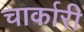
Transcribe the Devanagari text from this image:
चार्कारी